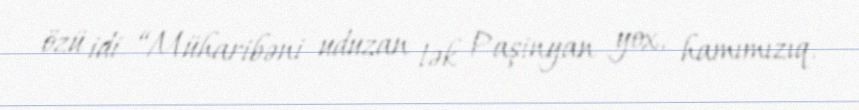
özü idi. “Müharibəni uduzan tək Paşinyan yox, hamımızıq.